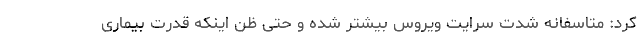
کرد: متاسفانه شدت سرایت ویروس بیشتر شده و حتی ظن اینکه قدرت بیماری